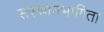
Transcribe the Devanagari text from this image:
संस्थानभागिता